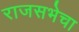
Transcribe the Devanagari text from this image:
राजसभेचा